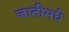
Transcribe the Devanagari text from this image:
जातीमधे